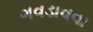
ગવડાવવા